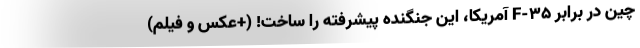
چین در برابر F-35 آمریکا، این جنگنده پیشرفته را ساخت! (+عکس و فیلم)